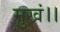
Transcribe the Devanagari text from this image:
मुखं।।